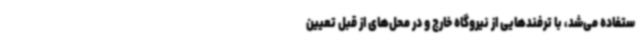
ستفاده می‌شد، با ترفندهایی از نیروگاه خارج و در محل‌های از قبل تعیین